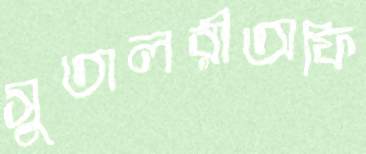
সুতালরীঅফি